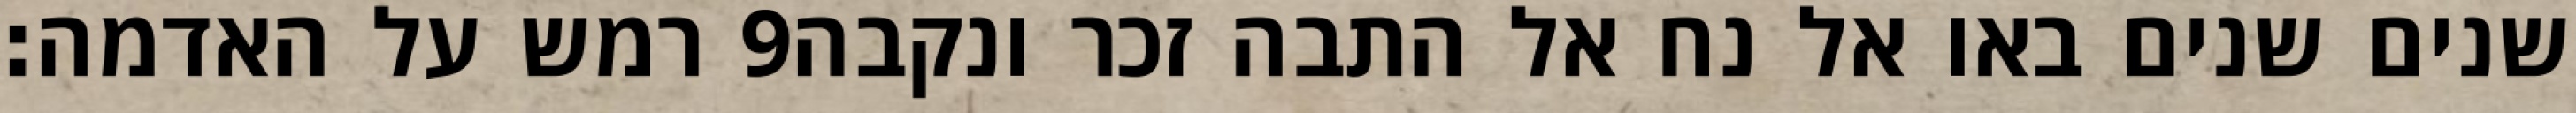
רמש על האדמה׃ ‎9‏ שנים שנים באו אל נח אל התבה זכר ונקבה